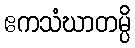
ဧကသံဃာတမ္ပိ